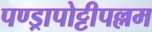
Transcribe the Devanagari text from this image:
पण्ड्रापोट्टीपल्लम